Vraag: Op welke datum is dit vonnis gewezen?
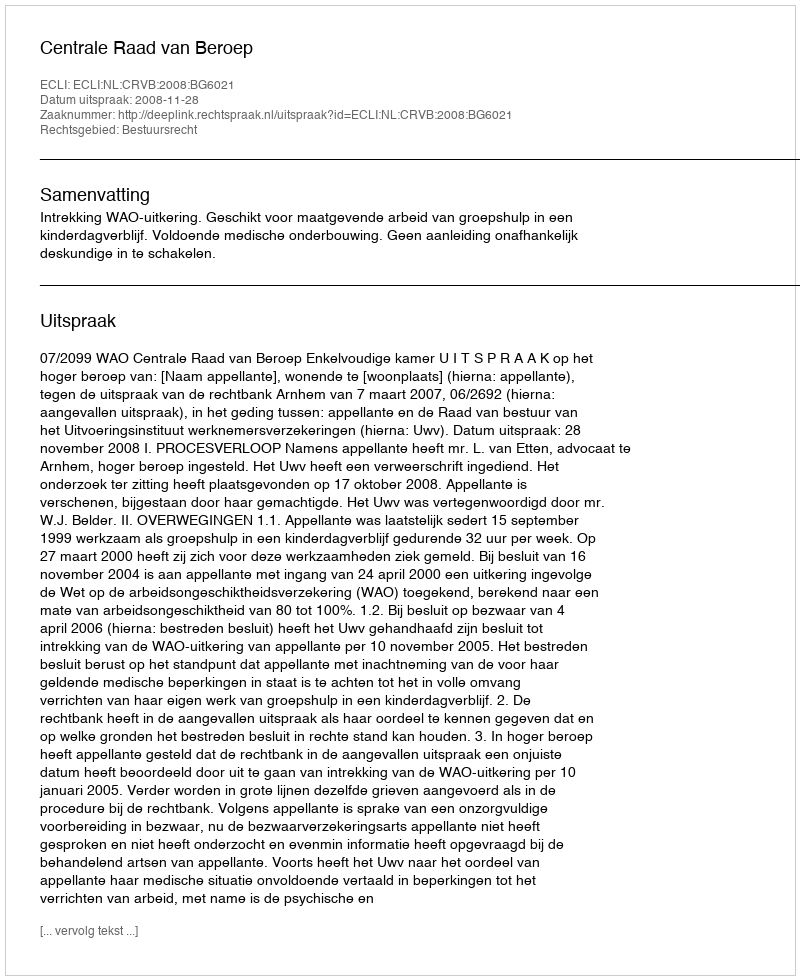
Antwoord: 2008-11-28